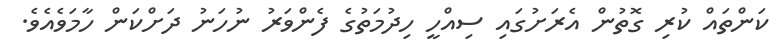
ކަންތައް ކުރި ގޮތުން އެރަށުގައި ސިއްހީ ހިދުމަތުގެ ފެންވަރު ނުހަނު ދަށްކަން ހާމަވެއެވެ.